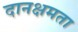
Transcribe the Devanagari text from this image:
दानक्षमता